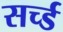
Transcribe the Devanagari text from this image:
सर्च्ड